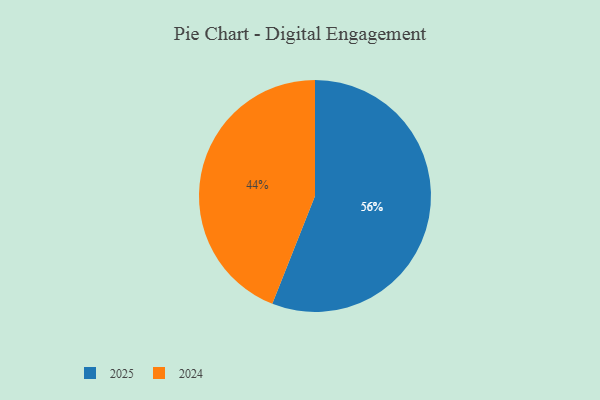
{"axis": {"x": "Category", "y": "Percentage"}, "legend": ["2024", "2025"], "data": [{"x": "2024", "y": 44, "type": "2024"}, {"x": "2025", "y": 56, "type": "2025"}]}